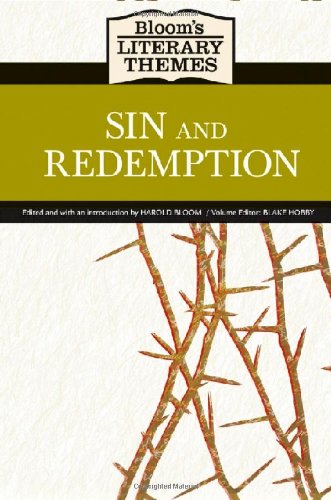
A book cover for Sin and Redemption (Bloom's Literary Themes); Teen & Young Adult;